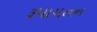
રૂપાયતન